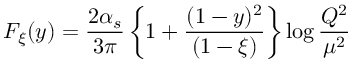
F _ { \xi } ( y ) = \frac { 2 \alpha _ { s } } { 3 \pi } \left\{ 1 + \frac { ( 1 - y ) ^ { 2 } } { ( 1 - \xi ) } \right\} \log \frac { Q ^ { 2 } } { \mu ^ { 2 } }